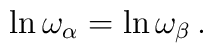
\ln\omega_\alpha = \ln\omega_\beta\,.